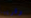
وقريبا